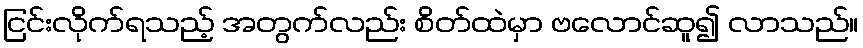
ငြင်းလိုက်ရသည့် အတွက်လည်း စိတ်ထဲမှာ ဗလောင်ဆူ၍ လာသည်။